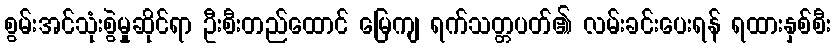
စွမ်းအင်သုံးစွဲမှုဆိုင်ရာ ဦးစီးတည်ထောင် မြေကျ ရက်သတ္တပတ်၏ လမ်းခင်းပေးရန် ရထားနှစ်စီး